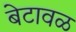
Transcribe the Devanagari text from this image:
बेटावळ